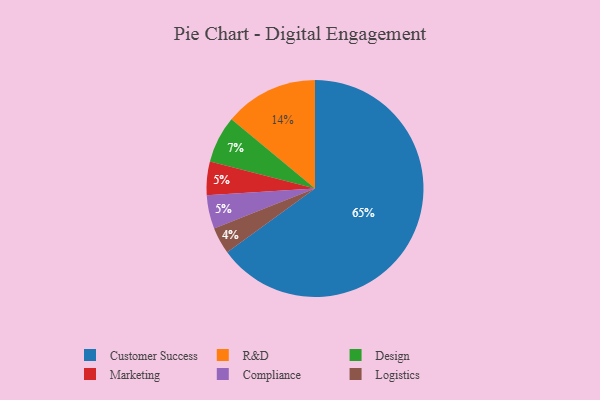
{"axis": {"x": "Category", "y": "Percentage"}, "legend": ["Compliance", "Customer Success", "Design", "Logistics", "Marketing", "R&D"], "data": [{"x": "Customer Success", "y": 65, "type": "Customer Success"}, {"x": "Logistics", "y": 4, "type": "Logistics"}, {"x": "Marketing", "y": 5, "type": "Marketing"}, {"x": "Compliance", "y": 5, "type": "Compliance"}, {"x": "Design", "y": 7, "type": "Design"}, {"x": "R&D", "y": 14, "type": "R&D"}]}